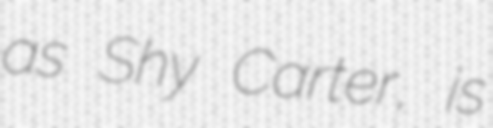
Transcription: as Shy Carter, is